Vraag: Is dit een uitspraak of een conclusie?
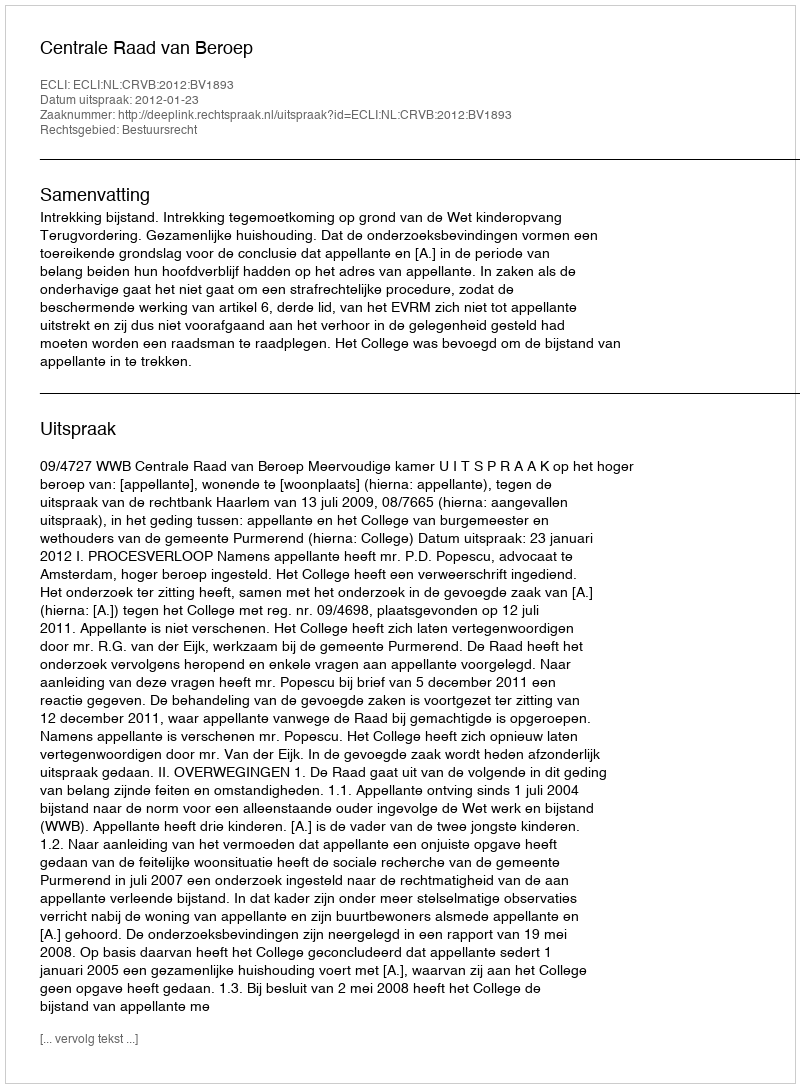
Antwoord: Uitspraak